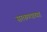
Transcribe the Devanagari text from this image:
सरकण्याच्या